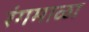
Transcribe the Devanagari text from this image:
रंगमाळा